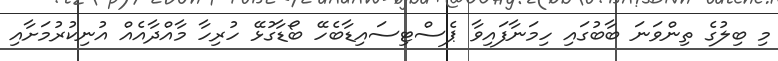
މި ބިލުގެ ތިންވަނަ ބާބުގައި ހިމަނާފައިވާ ޕެސްޓިސައިޑާބެހޭ ބޯޑާގުޅޭ ހުރިހާ މާއްދާއެއް އުނިކުރުމަށާއި